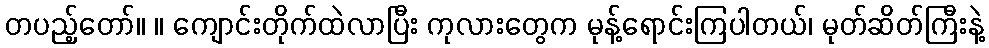
တပည့်တော်။ ။ ကျောင်းတိုက်ထဲလာပြီး ကုလားတွေက မုန့်ရောင်းကြပါတယ်၊ မုတ်ဆိတ်ကြီးနဲ့